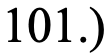
101.)